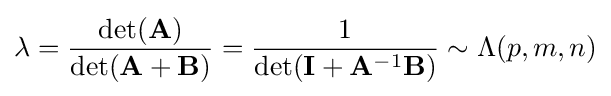
\lambda ={\frac {\det(\mathbf {A} )}{\det(\mathbf {A+B} )}}={\frac {1}{\det(\mathbf {I} +\mathbf {A} ^{-1}\mathbf {B} )}}\sim \Lambda (p,m,n)